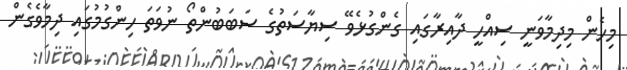
މިހެން މިދިމާވަނީ ސިއްހީ ދާއިރާގައި ގެންގުޅެވޭ ސިޔާސަތުގެ ސަބަބުންތޯ ނުވަތަ ހިންގުމުގައި ދިމާވެގެން